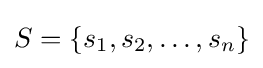
S=\{s_{1},s_{2},\dotsc ,s_{n}\}